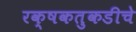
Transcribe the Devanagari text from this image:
रक्षकतुकडीचे